Scottish Leaving Certificate Examination, 1952
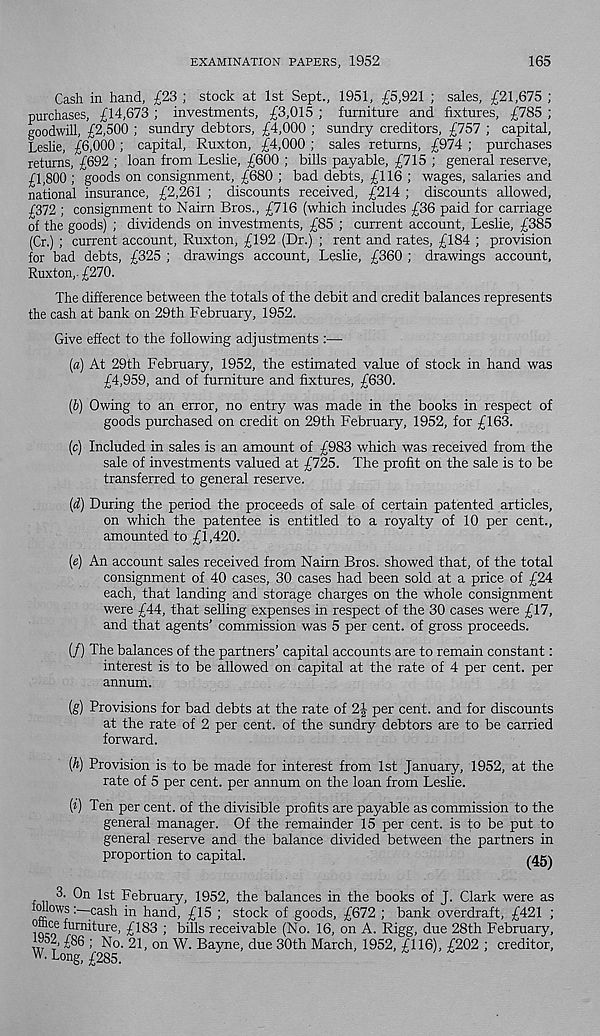
EXAMINATION PAPERS, 1952
165
Cash in hand, £23 ; stock at 1st Sept., 1951, £5,921 ; sales, £21,675 ;
purchases, £14,673 ; investments, £3,015 ; furniture and fixtures, £785 ;
goodwill, £2,500 ; sundry debtors, £4,000 ; sundry creditors, £757 ; capital,
Leslie, £6,000 ; capital, Ruxton, £4,000 ; sales returns, £974 ; purchases
returns, £692 ; loan from Leslie, £600 ; bills payable, £715 ; general reserve,
£1,800 ; goods on consignment, £680 ; bad debts, £116 ; wages, salaries and
national insurance, £2,261 ; discounts received, £214 ; discounts allowed,
£372 ; consignment to Nairn Bros., £716 (which includes £36 paid for carriage
of the goods) ; dividends on investments, £85 ; current account, Leslie, £385
(Cr.) ; current account, Ruxton, £192 (Dr.) ; rent and rates, £184 ; provision
for bad debts, £325 ; drawings account, Leslie, £360 ; drawings account,
Ruxton,. £270.
The difference between the totals of the debit and credit balances represents
the cash at bank on 29th February, 1952.
Give effect to the following adjustments :—
(a) At 29th February, 1952, the estimated value of stock in hand was
£4,959, and of furniture and fixtures, £630.
(b) Owing to an error, no entry was made in the books in respect of
goods purchased on credit on 29th February, 1952, for £163.
(c) Included in sales is an amount of £983 which was received from the
sale of investments valued at £725. The profit on the sale is to be
transferred to general reserve.
(d) During the period the proceeds of sale of certain patented articles,
on which the patentee is entitled to a royalty of 10 per cent.,
amounted to £1,420.
(e) An account sales received from Nairn Bros, showed that, of the total
consignment of 40 cases, 30 cases had been sold at a price of £24
each, that landing and storage charges on the whole consignment
were £44, that selling expenses in respect of the 30 cases were £17,
and that agents' commission was 5 per cent, of gross proceeds.
(/) The balances of the partners’ capital accounts are to remain constant:
interest is to be allowed on capital at the rate of 4 per cent, per
annum.
(g) Provisions for bad debts at the rate of 2J per cent, and for discounts
at the rate of 2 per cent, of the sundry debtors are to be carried
forward.
{h) Provision is to be made for interest from 1st January, 1952, at the
rate of 5 per cent, per annum on the loan from Leslie.
(*) Ten per cent, of the divisible profits are payable as commission to the
general manager. Of the remainder 15 per cent, is to be put to
general reserve and the balance divided between the partners in
proportion to capital.
3. On 1st February, 1952, the balances in the books of J. Clark were as
Mows :~c a.sh in hand, £15 ; stock of goods, £672 ; bank overdraft, £421 ;
iqco 6 ^u™ ture < £183 ; bills receivable (No. 16, on A. Rigg, due 28th February,
952, £86 ; No. 21, on W. Bayne, due 30th March, 1952, £116), £202 ; creditor,
W 'Long, £285.